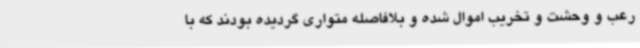
رعب و وحشت و تخریب اموال شده و بلافاصله متواری گردیده بودند که با